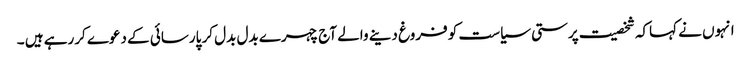
انہوں نے کہاکہ شخصیت پرستی سیاست کو فروغ دینے والے آج چہرے بدل بدل کر پارسائی کے دعوے کررہے ہیں ۔